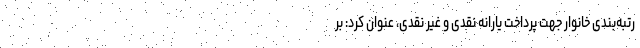
رتبه‌بندی خانوار جهت پرداخت یارانه نقدی و غیر نقدی، عنوان کرد: بر